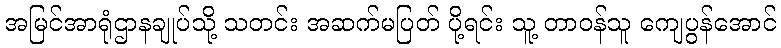
အမြင်အာရုံဌာနချုပ်သို့ သတင်း အဆက်မပြတ် ပို့ရင်း သူ့ တာဝန်သူ ကျေပွန်အောင်